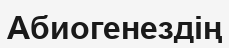
Абиогенездің